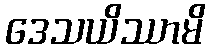
ဒေသယိဿာမိ